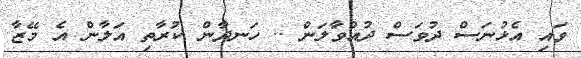
ވައި އެޅުނަސް ދުވަސް ދުއްވާލަން .. ހަނދާން ކުރާތި އަލާން އެ މޭޒާ